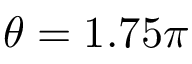
\theta = 1 . 7 5 \pi